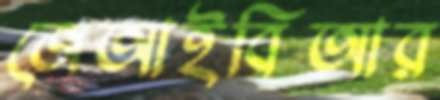
জেআইবিআর